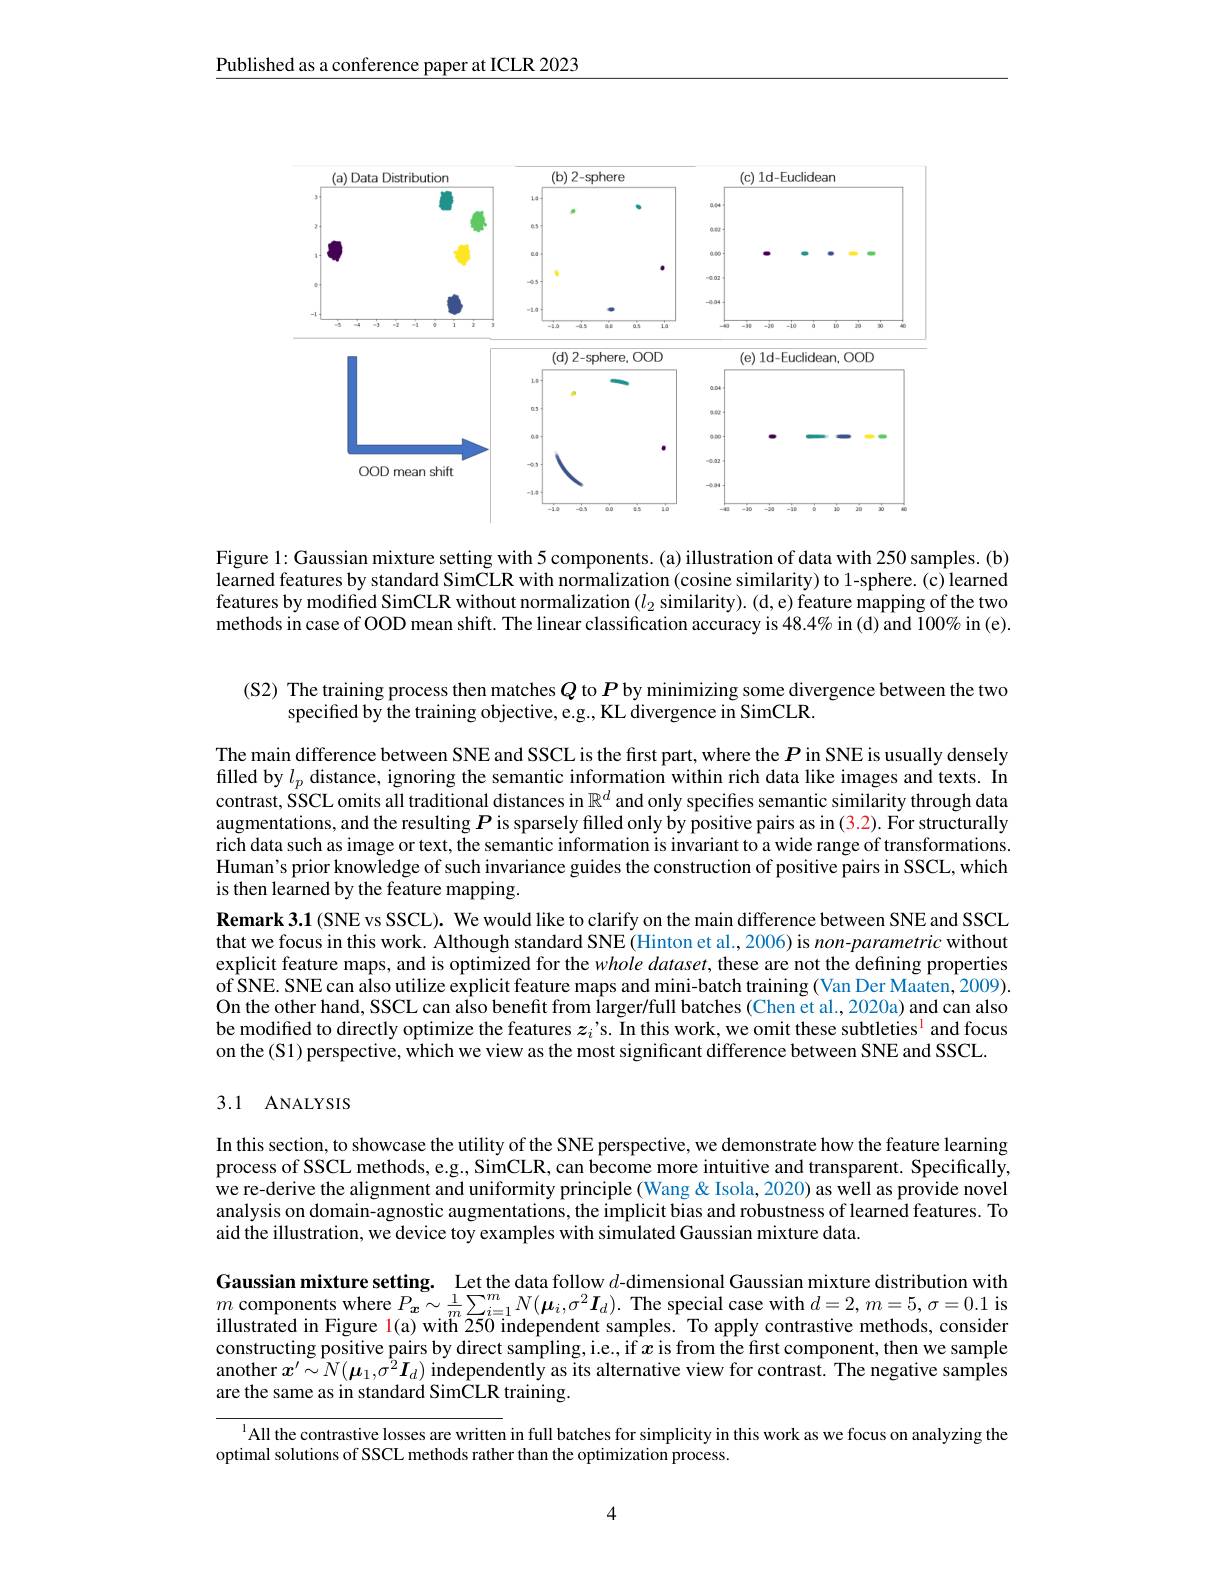
$\underline{\text{Published as a conference paper at ICLR 2023}}$

<FigureHere>

Figure 1: Gaussian mixture setting with 5 components. (a) illustration of data with 250 samples. (b) learned features by standard SimCLR with normalization (cosine similarity) to 1-sphere. (c) learned features by modified SimCLR without normalization $(l_2$ similarity). (d, e) feature mapping of the two methods in case of OOD mean shift. The linear classification accuracy is $48.4\%$ in (d) and 100% in (e).

(S2) The training process then matches $Q$ to $P$ by minimizing some divergence between the two
specified by the training objective, e.g., KL divergence in SimCLR.

The main difference between SNE and SSCL is the first part, where the $P$ in SNE is usually densely filled by $l_p$ distance, ignoring the semantic information within rich data like images and texts. In contrast, SSCL omits all traditional distances in $\mathbb{R}^d$ and only specifies semantic similarity through data augmentations, and the resulting $P$ is sparsely filled only by positive pairs as in (3.2). For structurally rich data such as image or text, the semantic information is invariant to a wide range of transformations. Human's prior knowledge of such invariance guides the construction of positive pairs in SSCL, which is then learned by the feature mapping.
Remark 3.1 (SNE vs SSCL). We would like to clarify on the main difference between SNE and SSCL that we focus in this work. Although standard SNE (Hinton et al., 2006) is non-parametric without explicit feature maps, and is optimized for the whole dataset, these are not the defining properties of SNE. SNE can also utilize explicit feature maps and mini-batch training (Van Der Maaten, 2009). On the other hand, SSCL can also benefit from larger/full batches (Chen et al., 2020a) and can also be modified to directly optimize the features $z_i’$s. In this work, we omit these subtleties$^{\mathrm{l}}$ and focus on the (S1) perspective, which we view as the most significant difference between SNE and SSCL.

### 3.1 ANALYSIS

In this section, to showcase the utility of the SNE perspective, we demonstrate how the feature learning process of SSCL methods, e.g., SimCLR, can become more intuitive and transparent. Specifically, we re-derive the alignment and uniformity principle (Wang & Isola, 2020) as well as provide novel analysis on domain-agnostic augmentations, the implicit bias and robustness of learned features. To aid the illustration, we device toy examples with simulated Gaussian mixture data.

Gaussian mixture setting. Let the data follow $d$-dimensional Gaussian mixture distribution with $m$ components where $P_x\sim\frac1m\sum_{i=1}^mN(\boldsymbol{\mu}_i,\sigma^2\boldsymbol{I}_d).$ The special case with $d=2,m=5,\sigma=0.1$ is illustrated in Figure l(a) with 250 independent samples. To apply contrastive methods, consider constructing positive pairs by direct sampling, i.e., if $x$ is from the first component, then we sample another $x^\prime\sim N(\boldsymbol{\mu}_1,\sigma^2\boldsymbol{I}_d)$ independently as its alternative view for contrast. The negative samples are the same as in standard SimCLR training.

$^{1}$All the contrastive losses are written in full batches for simplicity in this work as we focus on analyzing the
optimal solutions of SSCL methods rather than the optimization process.

4